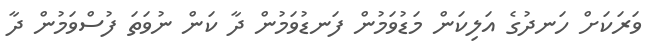
ވަރަކަށް ހަނދުގެ އަލިކަން މަޑުވަމުން ފަނޑުވަމުން ދާ ކަން ނުވަތަ ފުސްވަމުން ދާ